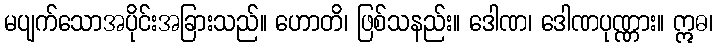
မပျက်သောအပိုင်းအခြားသည်။ ဟောတိ၊ ဖြစ်သနည်း။ ဒေါဏ၊ ဒေါဏပုဏ္ဏား။ ဣဓ၊